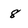
Character: 8